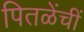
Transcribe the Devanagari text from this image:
पितळेंचीं